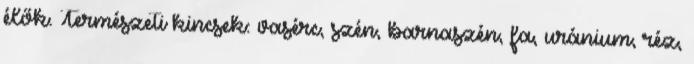
élők. Természeti kincsek: vasérc, szén, barnaszén, fa, uránium, réz,